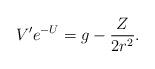
LaTeX: \begin{align*}V^{\prime }e^{-U}=g-\frac{Z}{2r^{2}}. \end{align*}